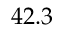
4 2 . 3